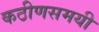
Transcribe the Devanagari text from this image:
कठीणसमयी